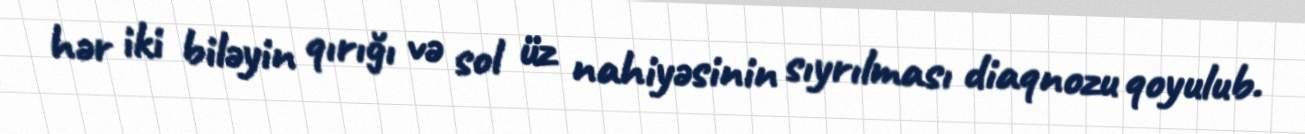
hər iki biləyin qırığı və sol üz nahiyəsinin sıyrılması diaqnozu qoyulub.